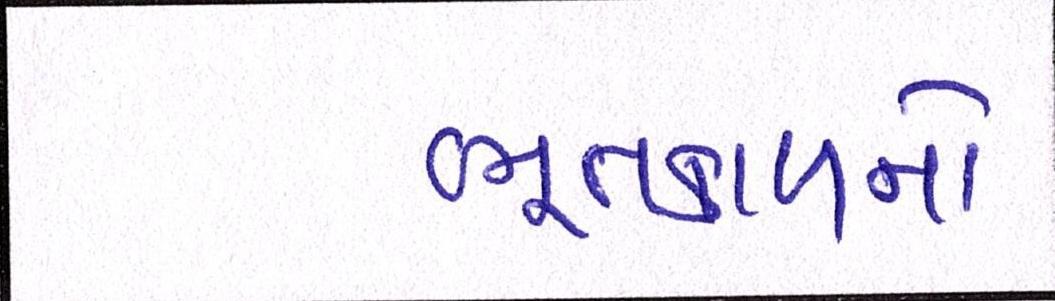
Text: ભૂતકાળનો